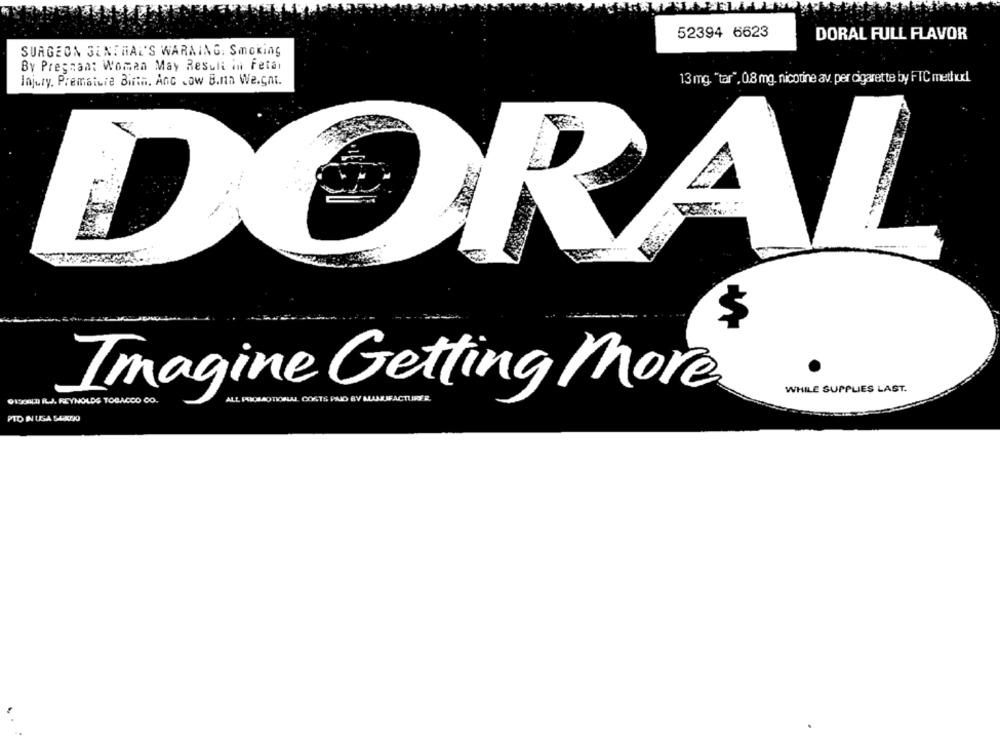
52394 6623
DORAL FULL FLAVOR
SURGEON GENERAL'S WARNING. Smoking
By Pregnant Woman May Result in Fetal
Injury. Premature Birth. Anc Low B.nn We.gni.
13 mg. "tar", 0.8 mg. nicotine av. per cigarette by FIC meth wdl
A
$
WHILE SUPPLIES LAST.
91SUDILJ. REYNOLDS TOBACCO CO.
Imagine Getting More
ALL POOLAOTIONAL COSTS PAID BY MLANTIFACTURER.
PTO IN USA SLADKO